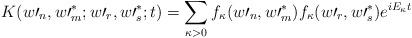
LaTeX: \begin{align*}K(w\prime_{n},w\prime_{m}^{\ast};w\prime_{r},w\prime_{s}^{\ast};t)=\sum_{\kappa>0}f_{\kappa}(w\prime_{n},w\prime_{m}^{\ast})f_{\kappa}(w\prime_{r},w\prime_{s}^{\ast})e^{iE_{\kappa}t}\end{align*}